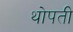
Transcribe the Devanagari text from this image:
थोपती